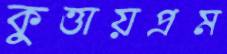
কুত্তায়প্রম